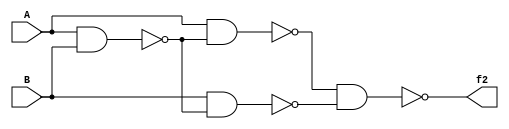
/*
===================================================================
Project Name    : 
File Name       : 1_1_2.v
Encoding        : UTF-8
Creation Date   : 2021/4/15
===================================================================
*/
module circuit(A, B, f2);

	input A, B;
	output f2;

	// wire tmp1, tmp2, tmp3;
	// nand(tmp1, A, B);
	// nand(tmp2, tmp1, A);
	// nand(tmp3, tmp1, B);
	// nand(f2, tmp2, tmp3)

	assign f2 = ~(~(A & ~(A & B)) & ~(B & ~(A & B)));

endmodule